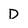
Character: D